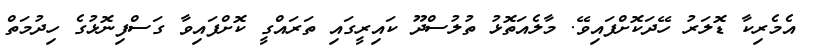
އެމެރިކާ ޑޮލަރު ހޭދަކޮށްފައިވޭ. މާލެއަތޮޅު ތުލުސްދޫ ކައިރީގައި ތަރައްގީ ކޮށްފައިވާ ގަސްފިނޮޅުގެ ހިދުމަތް